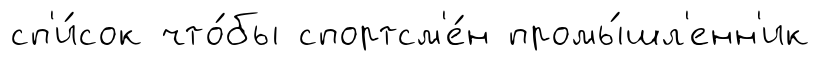
сп'и́сок что́бы спортсм'е́н промы́шл'енн'ик